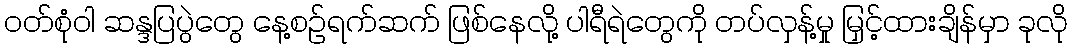
ဝတ်စုံဝါ ဆန္ဒပြပွဲတွေ နေ့စဉ်ရက်ဆက် ဖြစ်နေလို့ ပါရီရဲတွေကို တပ်လှန့်မှု မြှင့်ထားချိန်မှာ ခုလို